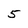
Character: 5